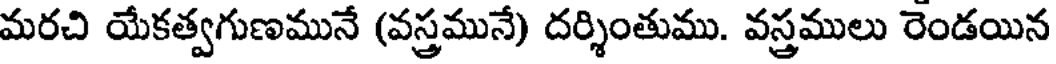
మరచి యేకత్వగుణమునే (వస్త్రమునే) దర్శింతుము. వస్త్రములు రెండయిన